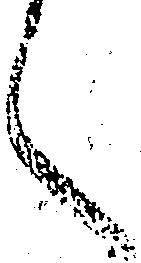
之